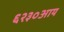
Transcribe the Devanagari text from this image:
६२३०आय